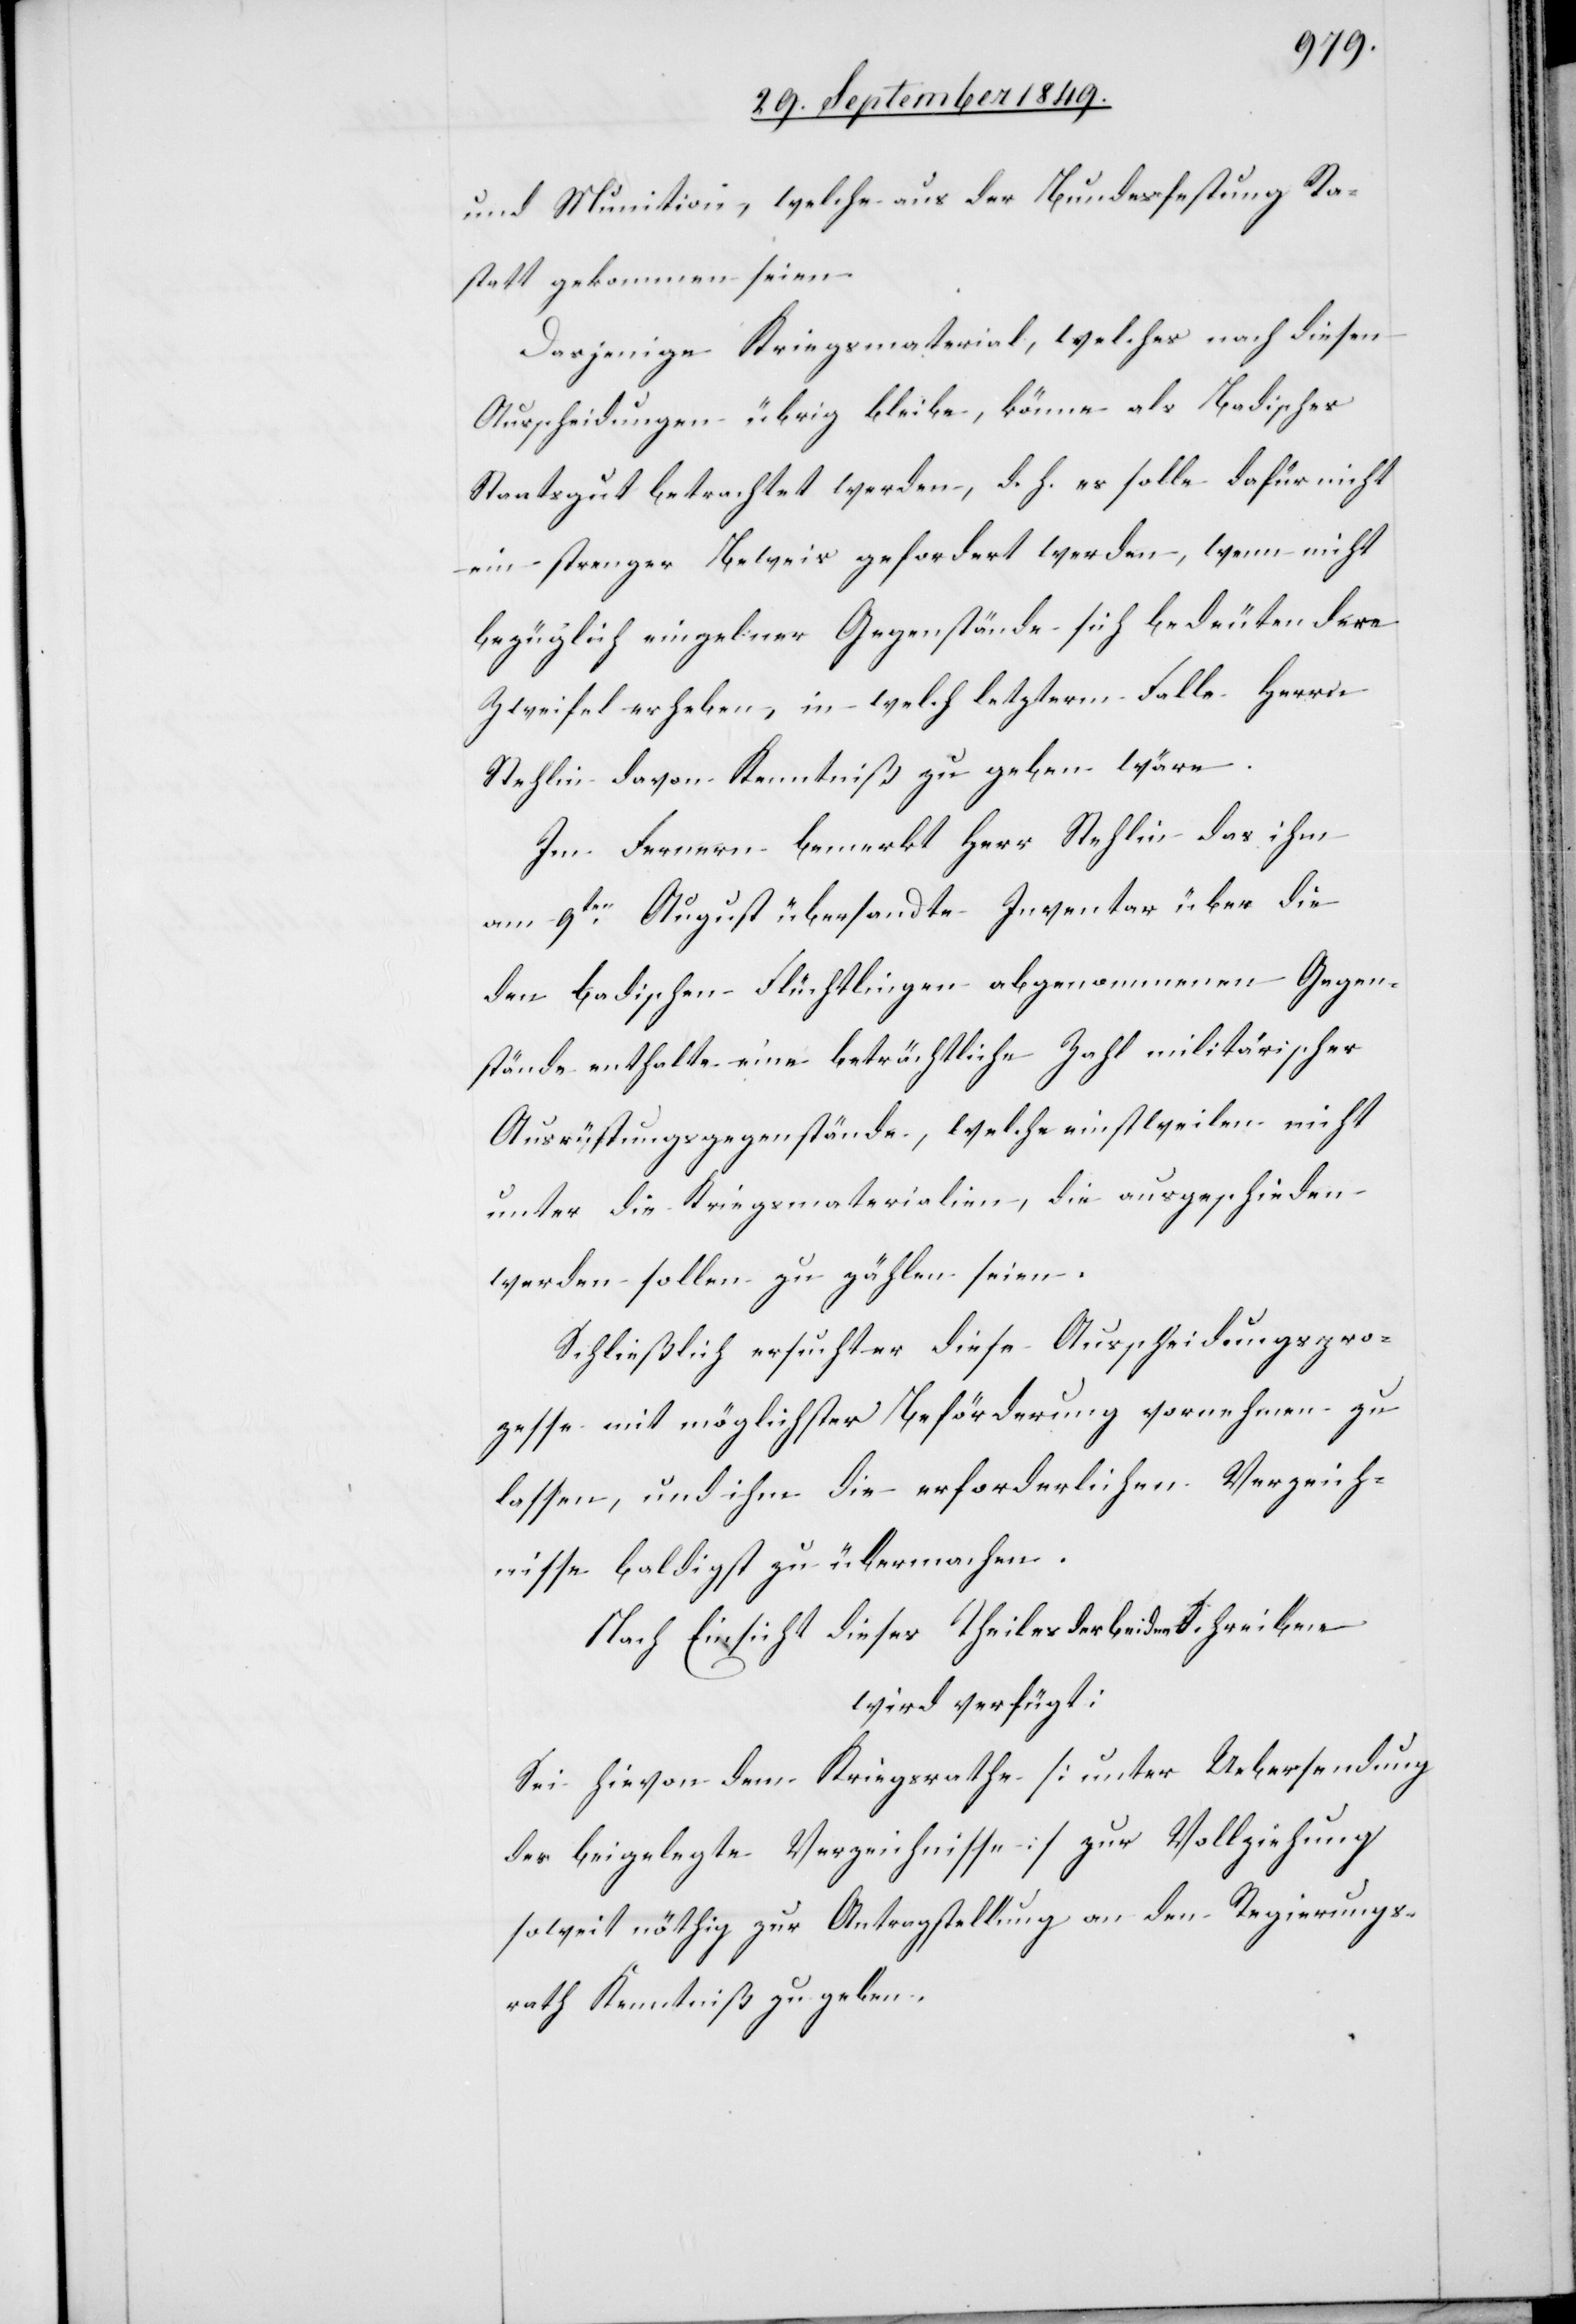
und Munition, welche aus der Bundesfestung Ra¬
statt gekommen seien.
Dasjenige Kriegsmaterial, welches nach diesen
Ausscheidungen übrig bleibe, könne als badisches
Staatsgut betrachtet werden, d. h. es solle dafür nicht
ein strenger Beweis gefordert werden, wenn nicht
bezüglich einzelner Gegenstände sich bedeutendere
Zweifel erheben, in welch letzterem Falle Herrn
Stehlin davon Kenntniß zu geben wäre.
Im Fernern bemerkt Herr Stehlin das ihm
am 9ten August übersandte Inventar über die
den badischen Flüchtlingen abgenommenen Gegen¬
stände enthalte eine beträchtliche Zahl militärischer
Ausrüstungsgegenstände, welche einstweilen nicht
unter die Kriegsmaterialien, die ausgeschieden
werden sollen zu zählen seien.
Schließlich ersucht er diese Ausscheidungspro¬
zesse mit möglichster Beförderung vornehmen zu
lassen, und ihm die erforderlichen Verzeich¬
nisse baldigst zu übermachen.
Nach Einsicht dieses Theiles der beiden Schreiben
wird verfügt:
Sei hievon dem Kriegsrathe [unter Uebersendung
der beigelegte[n] Verzeichnisse] zur Vollziehung
soweit nöthig zur Antragstellung an den Regierungs¬
rath Kenntniß zu geben.